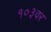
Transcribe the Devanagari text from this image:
१०३वर